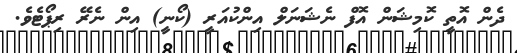
ދެން އޮތީ ކޮމިޝަން އޮފް ނެޝަނަލް އިންކުއަރީ (ކޯނީ) އިން ނެރޭ ރިޕޯޓެވެ.